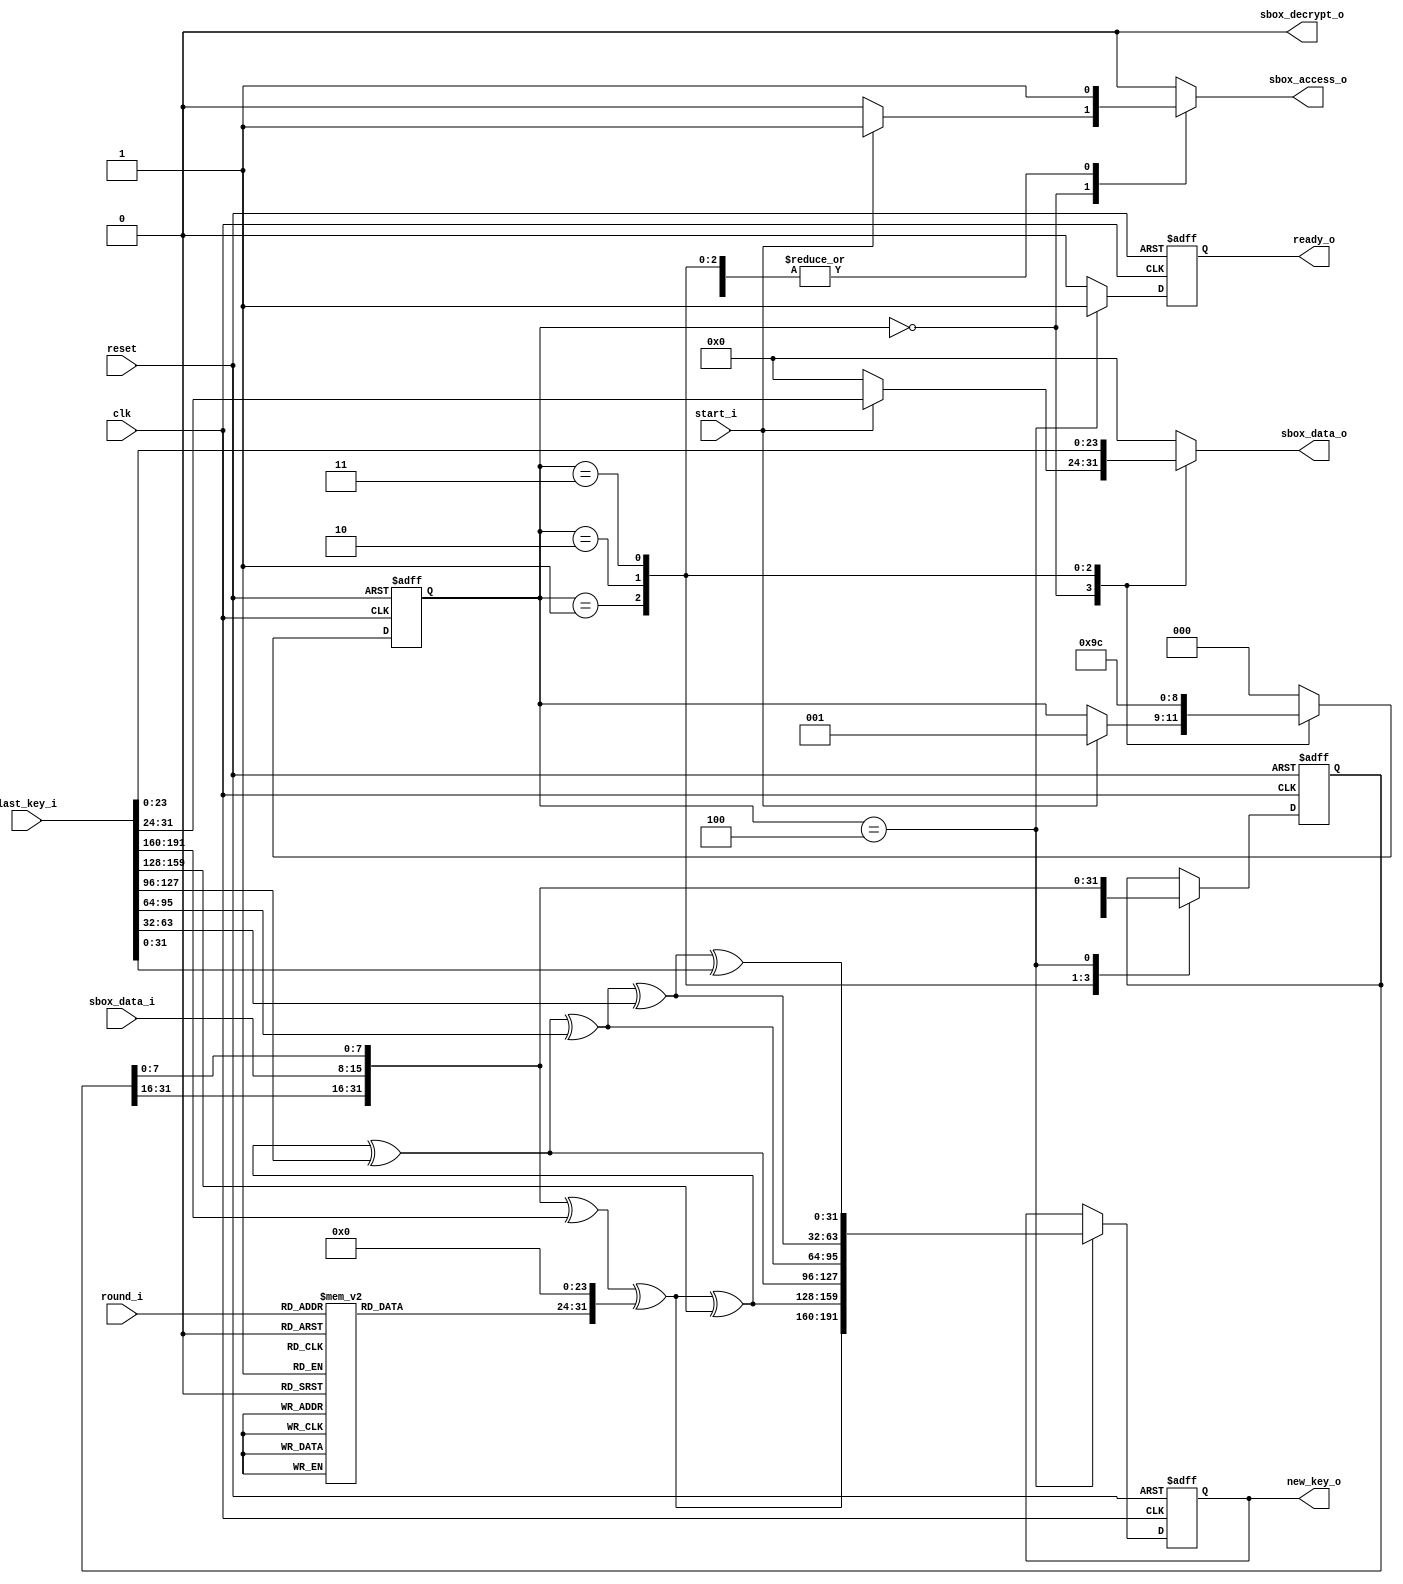
module keysched192(clk,reset,start_i,round_i,last_key_i,new_key_o,ready_o,sbox_access_o,sbox_data_o,sbox_data_i,sbox_decrypt_o);
input clk;
input reset;
input start_i;
input [3:0] round_i;
input [191:0] last_key_i;
output [191:0] new_key_o;
output ready_o;
output sbox_access_o;
output [7:0] sbox_data_o;
input [7:0] sbox_data_i;
output sbox_decrypt_o;


reg [191:0] new_key_o;
reg ready_o;
reg sbox_access_o;
reg [7:0] sbox_data_o;
reg sbox_decrypt_o;

reg [2:0] next_state;
reg [2:0] state;
reg [7:0] rcon_o;
reg [31:0] next_col;
reg [31:0] col;
reg [191:0] key_reg;
reg [191:0] next_key_reg;
reg next_ready_o;


//rcon:
always @(  round_i)

begin

	
	case(round_i)
	1:
      begin
       rcon_o = (1);
      end
    2:
      begin
       rcon_o = (2);
      end
    3:
      begin
       rcon_o = (4);
      end
	4:
      begin
       rcon_o = (8);
      end
	5:
      begin
       rcon_o = ('h10);
      end
	6:
      begin
       rcon_o = ('h20);
      end
	7:
      begin
       rcon_o = ('h40);
      end
	8:
      begin
       rcon_o = ('h80);
      end
	9:
      begin
       rcon_o = ('h1B);
      end
	10:
      begin
       rcon_o = ('h36);
      end
	11:
      begin
       rcon_o = ('h6C);
      end
	12:
      begin
       rcon_o = ('hD8);
      end
    default:
      begin
	   rcon_o = (0);
      end
    endcase
end

//registers:
always @(posedge clk or negedge reset)
begin

	if(!reset)
	begin
		state = (0);
		col = (0);
		key_reg = (0);
		ready_o = (0);
    end
    else
	begin
		state = (next_state);	
		col = (next_col);
		key_reg = (next_key_reg);
		ready_o = (next_ready_o);
    end
end


reg[383:0] K_var,W_var;
reg[31:0] col_t;
reg[23:0] zero;

//generate_key:
always @(  start_i or   last_key_i or   sbox_data_i or   state or   rcon_o or   col or   key_reg)

begin
	
	zero=0;
	
	col_t=col;
	W_var=0;
	
	next_state = (state);
	next_col = (col);
	
	next_ready_o = (0);
	next_key_reg = (key_reg);
	new_key_o = (key_reg);
	
    sbox_decrypt_o = (0);
	sbox_access_o = (0);
	sbox_data_o = (0);
	K_var=last_key_i;
		
	case(state)
	//Substitutethebyteswhilerotatingthem
	//FouraccessestoSBoxareneeded
	0:
     begin
	   if(start_i)
       begin
		col_t=0;
		sbox_access_o = (1);
		sbox_data_o = (K_var[31:24]);
		next_state = (1);
       end
	end
	1:
    begin
	  sbox_access_o = (1);
  	  sbox_data_o = (K_var[23:16]);
	  col_t[7:0]=sbox_data_i;
	  next_col = (col_t);
  	  next_state = (2);
	end
	2:
    begin
	  sbox_access_o = (1);
  	  sbox_data_o = (K_var[15:8]);
	  col_t[31:24]=sbox_data_i;
	  next_col = (col_t);
	  next_state = (3);
    end
	3:
    begin
	  sbox_access_o = (1);
	  sbox_data_o = (K_var[7:0]);	
	  col_t[23:16]=sbox_data_i;
	  next_col = (col_t);
	  next_state = (4);
	end
	4:
    begin
	  sbox_access_o = (1);
	  col_t[15:8]=sbox_data_i;
	  next_col = (col_t);
	  W_var[191:160]=col_t^K_var[191:160]^{rcon_o,zero};		
	  W_var[159:128]=W_var[191:160]^K_var[159:128];		
	  W_var[127:96]=W_var[159:128]^K_var[127:96];
	  W_var[95:64]=W_var[127:96]^K_var[95:64];
	  W_var[63:32]=W_var[95:64]^K_var[63:32];
	  W_var[31:0]=W_var[63:32]^K_var[31:0];
      next_ready_o = (1);
      next_key_reg = (W_var);	
	  next_state = (0);
 	end

    default:
    begin
	  next_state = (0);
	end
endcase


end

endmodule